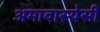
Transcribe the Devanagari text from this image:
अमावास्येसी